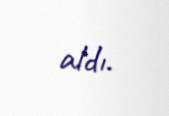
aldı.